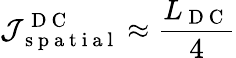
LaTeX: \mathcal{J}_{\mathrm{~s~p~a~t~i~a~l~}}^{\mathrm{~D~C~}}\approx\frac{L_{\mathrm{~D~C~}}}{4}